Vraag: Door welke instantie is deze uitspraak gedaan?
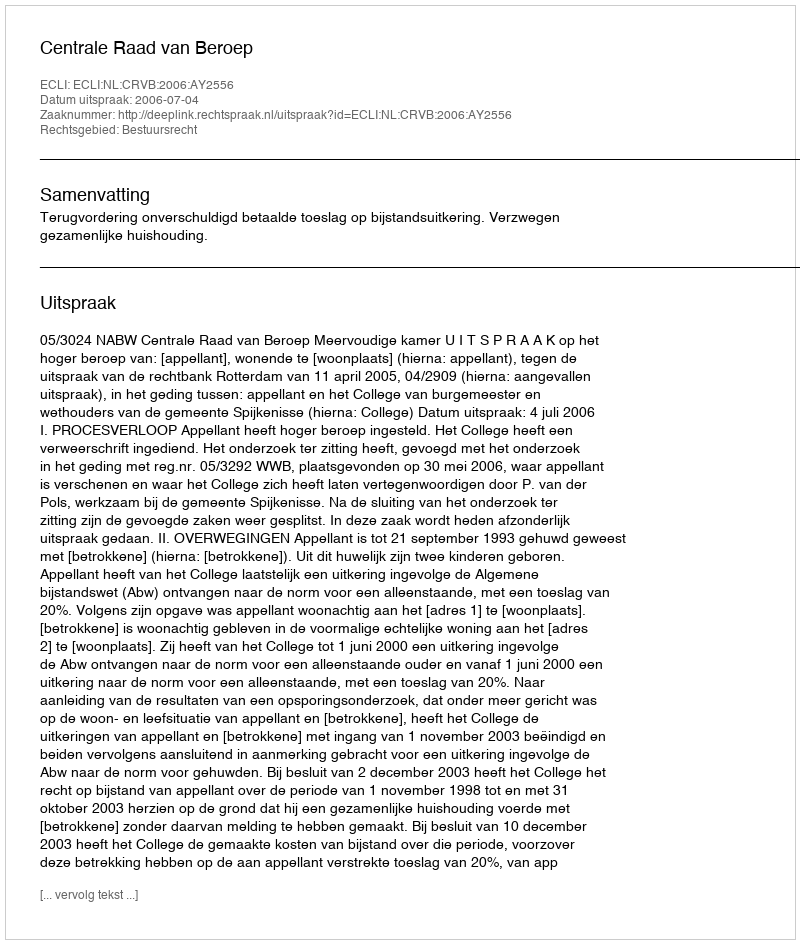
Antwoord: Centrale Raad van Beroep